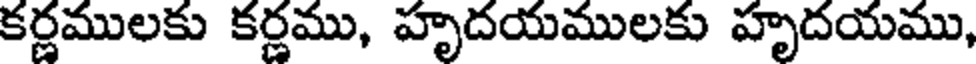
కర్ణములకు కర్ణము, హృదయములకు హృదయము,